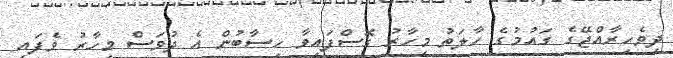
ދިވެހިރާއްޖޭގެ ގައުމުގެ ހާލަތު މިހާރު ގޮސްފައިވާ ހިސާބުން އެ ދުވަސް މިހާރު ވެފައި